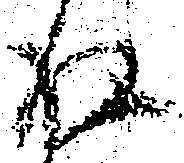
存